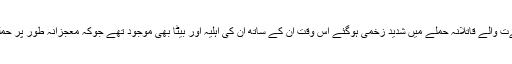
رشید گوڈیل کراچی میں آج 18 اگست 2015 کو اپنی گاڑی پر ہونےت والے قاتلانہ حملے میں شدید زخمی ہوگئے اس وقت ان کے ساتھ ان کی اہلیہ اور بیٹا بھی موجود تھے جوکہ معجزانہ طور پر حملے میں محفوظ رہے لیکن ان کے ڈرائیور عبدالمتین جاں بحق ہوگئے۔